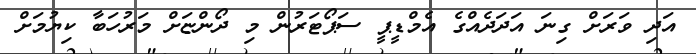
އަދި ވަރަށް ގިނަ އަދަދެއްގެ އެމްޑީޕީ ސަޕޯޓަރުން މި ދޯންޏަށް މަރުހަބާ ކިޔުމަށް